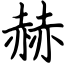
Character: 赫